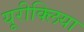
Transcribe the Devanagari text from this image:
यूरीक्लिया